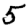
Digit: 5